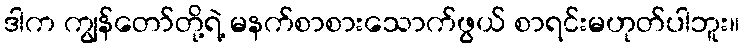
ဒါက ကျွန်တော်တို့ရဲ့ မနက်စာစားသောက်ဖွယ် စာရင်းမဟုတ်ပါဘူး။